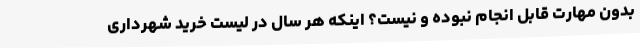
بدون مهارت قابل انجام نبوده و نیست؟ اینکه هر سال در لیست خرید شهرداری